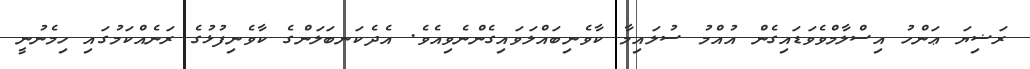
ރަޟިޔަ ޢަންހު އިސްލާމްވެވަޑައިގެން އުއްމު ސުލައިމާ ކާވެނިބައްލަވައިގެންނެވިއެވެ. އެދެކަނބަލަންގެ ކާވެނިފުޅުގެ ރަނެއްކަމުގައި ހިމެނުނީ